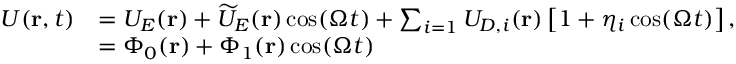
\begin{array} { r l } { U ( \mathbf { r } , t ) } & { = U _ { E } ( \mathbf { r } ) + \widetilde { U } _ { E } ( \mathbf { r } ) \cos ( \Omega t ) + \sum _ { i = 1 } U _ { D , i } ( \mathbf { r } ) \left[ 1 + \eta _ { i } \cos ( \Omega t ) \right] , } \\ & { = \Phi _ { 0 } ( \mathbf { r } ) + \Phi _ { 1 } ( \mathbf { r } ) \cos ( \Omega t ) } \end{array}